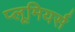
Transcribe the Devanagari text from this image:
प्लूमियर्स